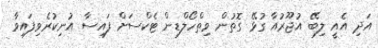
އަދި އެއީ ލިބޭ އުޖޫރުއާ ގުޅޭ ގޮތުން ވިތްހޯލްޑިން ޓެކްސަށް ފައިސާ އުނިކުރެވިފައިވާ